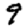
Digit: 9